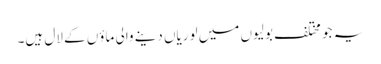
یہ جو مختلف بولیوں میں لوریاں دینے والی ماؤں کے لال ہیں۔